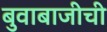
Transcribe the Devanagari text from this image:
बुवाबाजीची